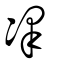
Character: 凙